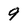
Character: 9